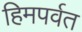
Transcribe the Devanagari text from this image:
हिमपर्वत